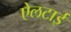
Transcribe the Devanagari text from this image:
ऐलटाई